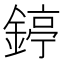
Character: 𨪃